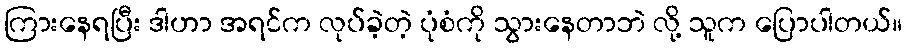
ကြားနေရပြီး ဒါဟာ အရင်က လုပ်ခဲ့တဲ့ ပုံစံကို သွားနေတာဘဲ လို့ သူက ပြောပါတယ်။